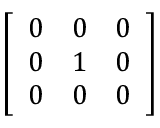
\left[ \begin{array} { l l l } { 0 } & { 0 } & { 0 } \\ { 0 } & { 1 } & { 0 } \\ { 0 } & { 0 } & { 0 } \end{array} \right]